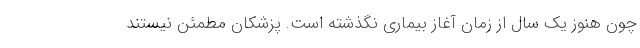
چون هنوز یک سال از زمان آغاز بیماری نگذشته است. پزشکان مطمئن نیستند